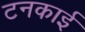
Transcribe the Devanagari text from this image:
टनकाई